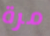
مرة